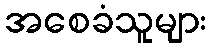
အစေခံသူများ